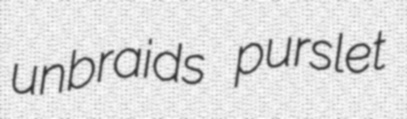
unbraids purslet